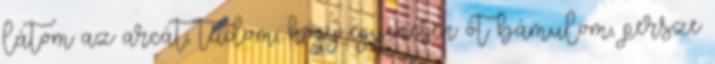
látom az arcát, tudom, hogy egyenesen őt bámulom, persze